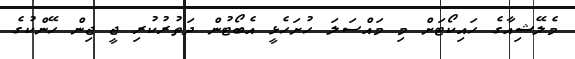
މެލޭޝިއާގެ ހައިކޯޓަށް މި މައްސަލަ ހުށަހެޅީ އެބޯޓުން ދަތުރުކުރި ޖީ ޖިން ހޭންކުގެ